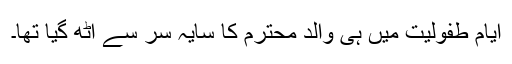
ایام طفولیت میں ہی والد محترم کا سایہ سر سے اٹھ گیا تھا۔